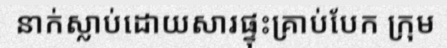
នាក់ស្លាប់ដោយសារផ្ទុះគ្រាប់បែក ក្រុម